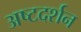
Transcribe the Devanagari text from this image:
अष्टदर्शन